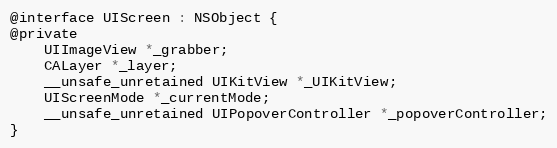
Language: C
@interface UIScreen : NSObject {
@private
    UIImageView *_grabber;
    CALayer *_layer;
    __unsafe_unretained UIKitView *_UIKitView;
    UIScreenMode *_currentMode;
    __unsafe_unretained UIPopoverController *_popoverController;
}